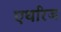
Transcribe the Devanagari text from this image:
एथरिज